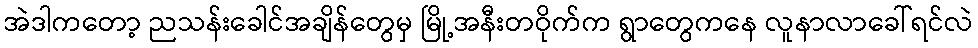
အဲဒါကတော့ ညသန်းခေါင်အချိန်တွေမှ မြို့အနီးတဝိုက်က ရွာတွေကနေ လူနာလာခေါ်ရင်လဲ